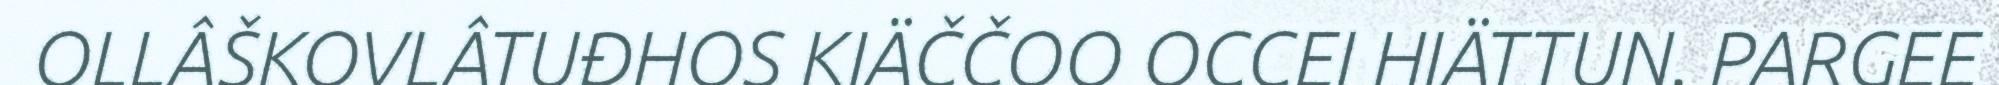
OLLÂŠKOVLÂTUĐHOS KIÄČČOO OCCEI HIÄTTUN. PARGEE